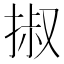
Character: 掓